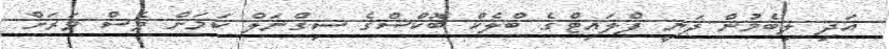
އަދި ލިބެމުން ދަނީ ފްލައިޓްގެ ބްލެކް ބޮކްސްގެ ސިގްނަލް ކަމަށް ވެސް ވަރަށް